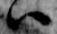
ハ